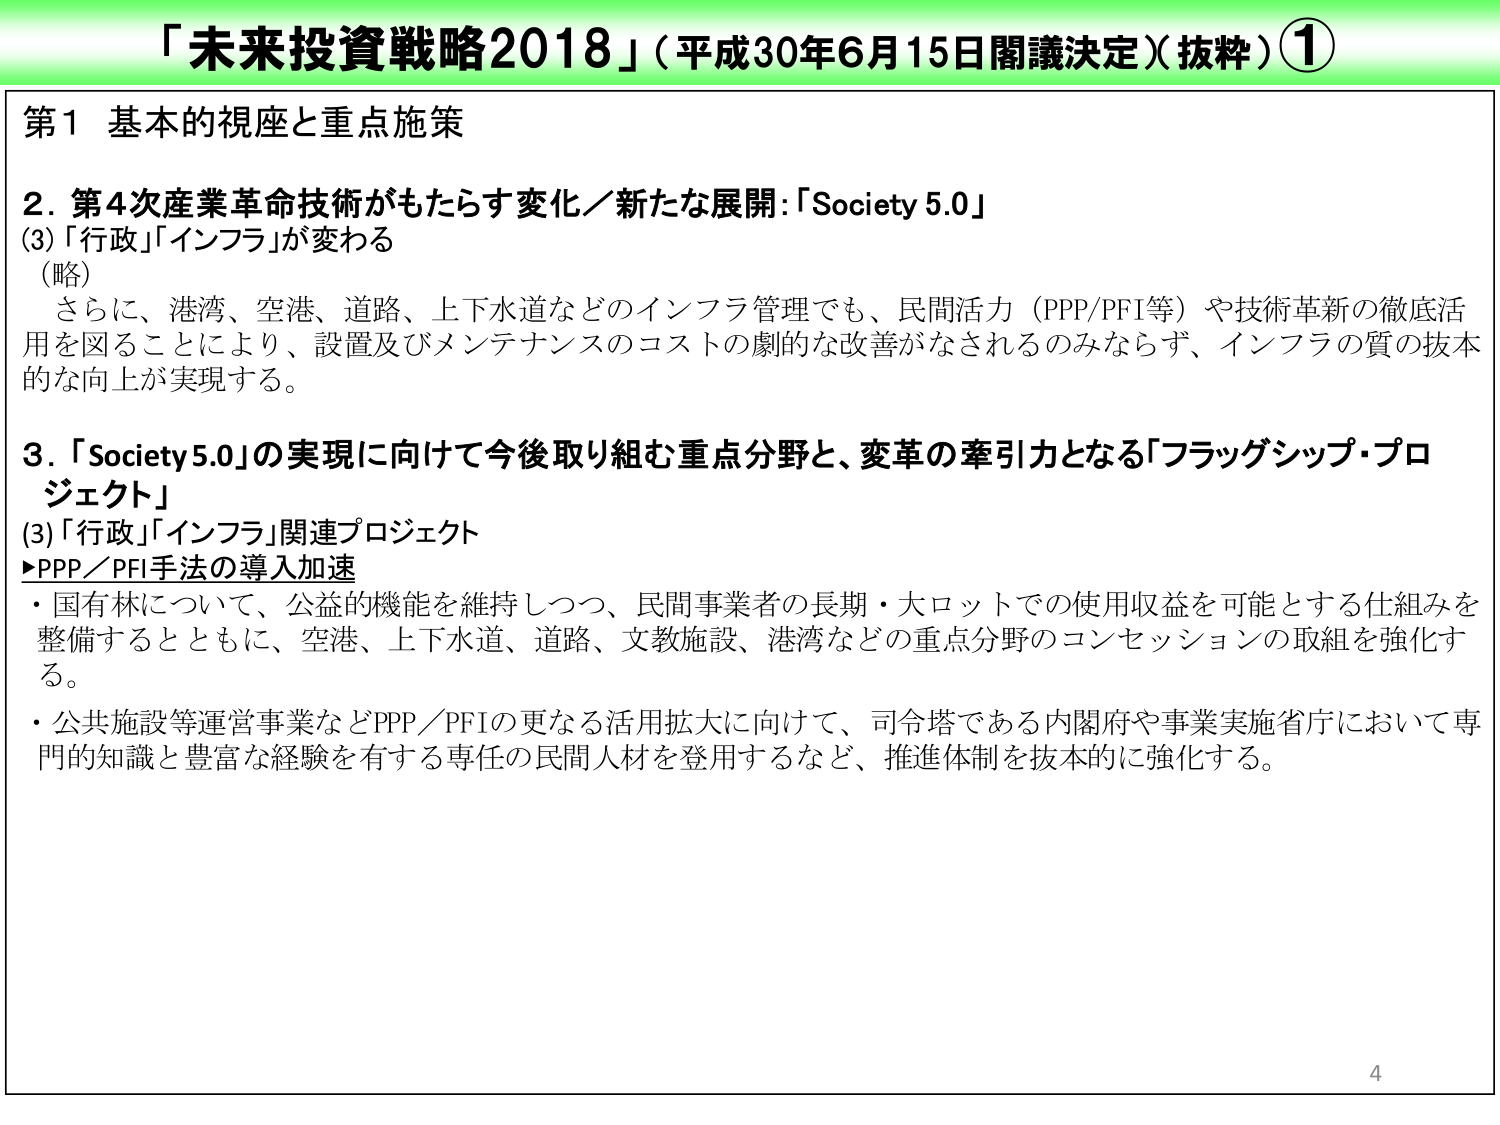
「未来投資戦略2018」（平成30年6月15日閣議決定）（抜粋）①

第1 基本的視座と重点施策

2. 第4次産業革命技術がもたらす変化／新たな展開：「Society 5.0」
(3)「行政」「インフラ」が変わる
（略）
　さらに、港湾、空港、道路、上下水道などのインフラ管理でも、民間活力（PPP/PFI等）や技術革新の徹底活用を図ることにより、設置及びメンテナンスのコストの劇的な改善がなされるのみならず、インフラの質の抜本的な向上が実現する。

3. 「Society 5.0」の実現に向けて今後取り組む重点分野と、変革の牽引力となる「フラッグシップ・プロジェクト」
(3)「行政」「インフラ」関連プロジェクト
▶PPP／PFI手法の導入加速
・国有林について、公益的機能を維持しつつ、民間事業者の長期・大ロットでの使用収益を可能とする仕組みを整備するとともに、空港、上下水道、道路、文教施設、港湾などの重点分野のコンセッションの取組を強化する。
・公共施設等運営事業などPPP／PFIの更なる活用拡大に向けて、司令塔である内閣府や事業実施省庁において専門的知識と豊富な経験を有する専任の民間人材を登用するなど、推進体制を抜本的に強化する。

4